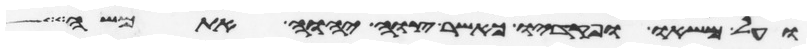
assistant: ועל משאו ופקדיו כאשר צוה יהוה את משה